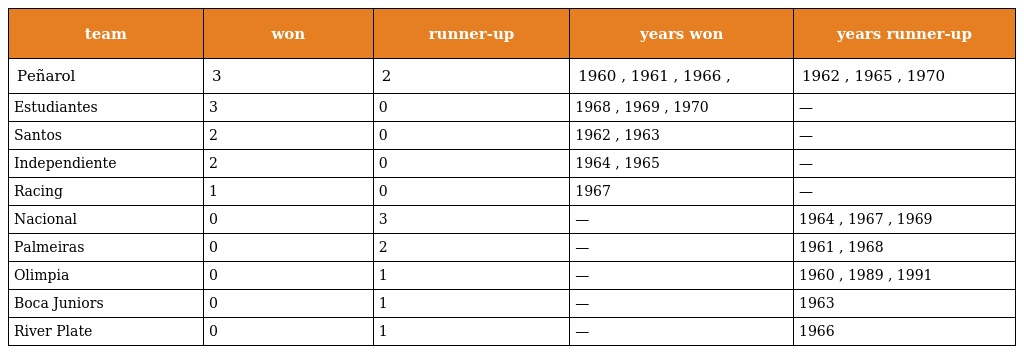
| team | won | runner-up | years won | years runner-up |
 | --- | --- | --- | --- | --- |
 | Peñarol | 3 | 2 | 1960 , 1961 , 1966 , | 1962 , 1965 , 1970 |
 | Estudiantes | 3 | 0 | 1968 , 1969 , 1970 | — |
 | Santos | 2 | 0 | 1962 , 1963 | — |
 | Independiente | 2 | 0 | 1964 , 1965 | — |
 | Racing | 1 | 0 | 1967 | — |
 | Nacional | 0 | 3 | — | 1964 , 1967 , 1969 |
 | Palmeiras | 0 | 2 | — | 1961 , 1968 |
 | Olimpia | 0 | 1 | — | 1960 , 1989 , 1991 |
 | Boca Juniors | 0 | 1 | — | 1963 |
 | River Plate | 0 | 1 | — | 1966 |